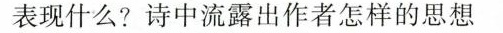
表现什么?诗中流露出作者怎样的思想